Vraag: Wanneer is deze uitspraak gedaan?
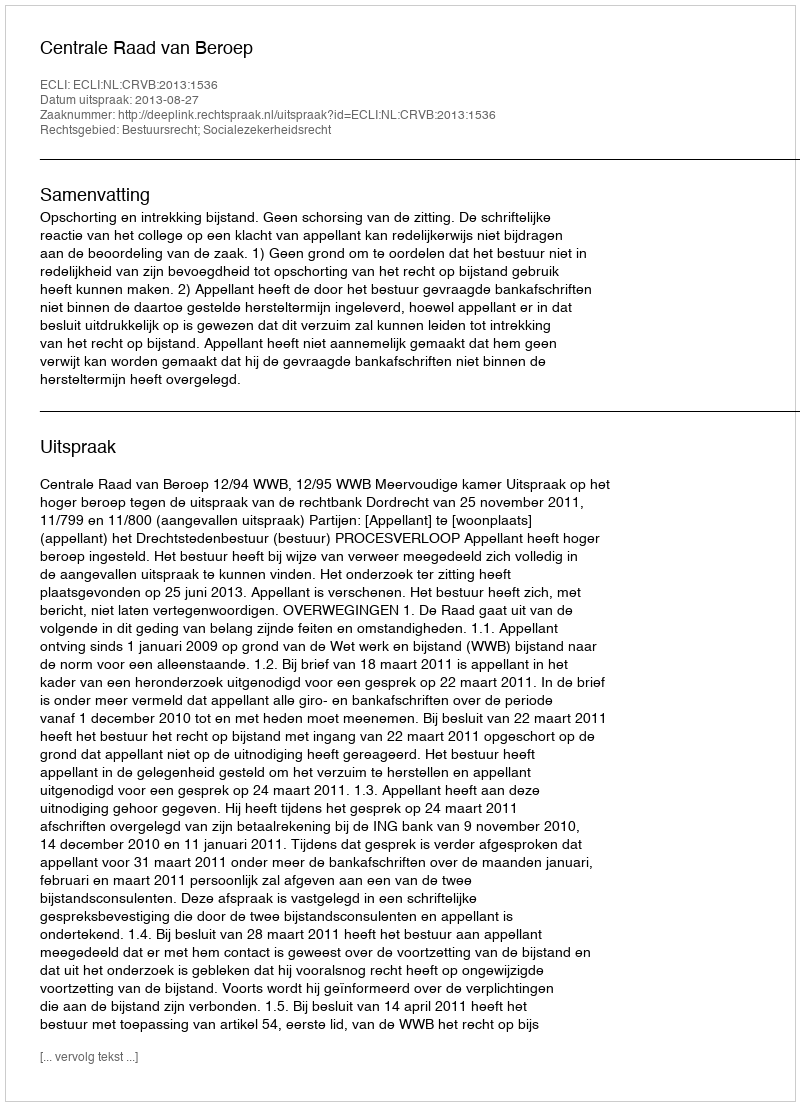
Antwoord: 2013-08-27